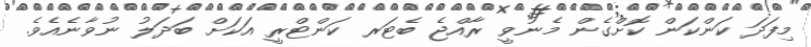
މިފަދަ ކަންކަން ކޮށްގެން މެނުވީ ރާއްޖެ ބެޓަރ ކަންޓްރީ އަކަށް ބަދަލު ނުވާނެއެވެ.